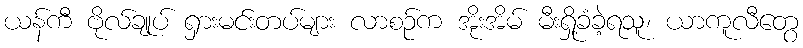
ယန်ကီ ဗိုလ်ချုပ် ရှားမင်းတပ်များ လာစဉ်က အိုးအိမ် မီးရှို့ခံခဲ့ရသူ၊ ယာကူလီတွေ